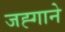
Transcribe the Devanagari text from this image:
जह्गाने